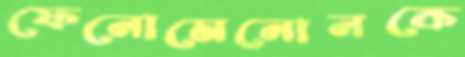
ফেনোমেনোনকে